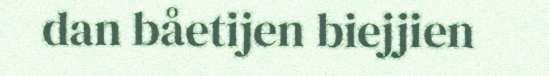
dan båetijen biejjien